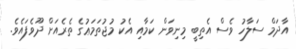
އާދަމް ސަލާހު ވެސް އެތިބީ މިނިވަން ކަމާއި އެކު މުޖުތަމަޢުގެ ތެރެއަށް ދޫވެފައެވެ.